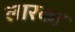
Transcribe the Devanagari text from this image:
लारका